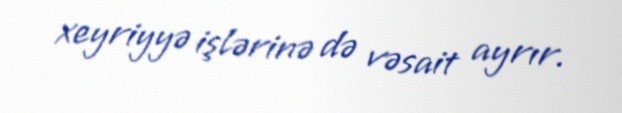
xeyriyyə işlərinə də vəsait ayrır.